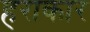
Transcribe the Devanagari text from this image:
हराकार